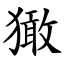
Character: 㺖